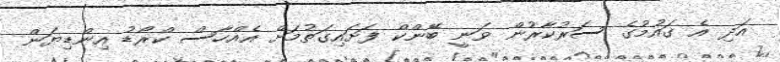
އަދި އެ ގައުމުގެ ސަރުކާރުން ވަނީ ބޭންކް ފަށައިގަތުމަށް އެއްހާސް ކްރޯޑު އިންޑިޔަން